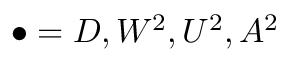
\bullet = D , W ^ { 2 } , U ^ { 2 } , A ^ { 2 }